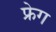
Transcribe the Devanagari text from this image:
फ्रेग